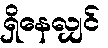
ရှိနေလျှင်